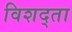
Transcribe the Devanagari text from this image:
विशद्ता